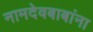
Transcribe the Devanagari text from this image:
नामदेवबाबांना